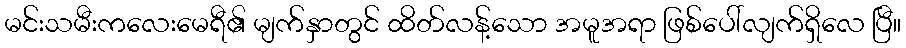
မင်းသမီးကလေးမေရီ၏ မျက်နှာတွင် ထိတ်လန့်သော အမူအရာ ဖြစ်ပေါ်လျက်ရှိလေ ပြီ။